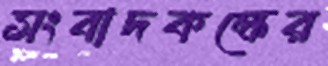
সংবাদকক্ষের